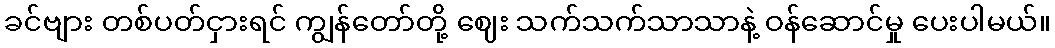
ခင်ဗျား တစ်ပတ်ငှားရင် ကျွန်တော်တို့ ဈေး သက်သက်သာသာနဲ့ ဝန်ဆောင်မှု ပေးပါမယ်။